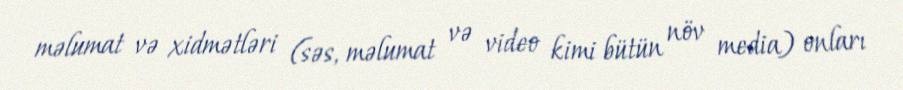
məlumat və xidmətləri (səs, məlumat və video kimi bütün növ media) onları